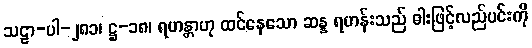
သဠာ-ပါ-၂၈၁၊ ဋ္ဌ-၁၈၊ ရဟန္တာဟု ထင်နေသော ဆန္န ရဟန်းသည် ဓါးဖြင့်လည်ပင်းကို